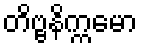
တိဗ္ဗနိက္ကမော